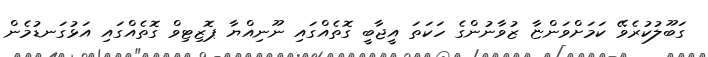
ގަބޫލުކުރެވޭ ކަމަށްވަންޏާ ޒުވާނުންގެ ހަކަތަ އީޖާބީ ގޮތެއްގައި ނޫނިއްޔާ ޕޮޒިޓިވް ގޮތެއްގައި އަޅުގަނޑުމެން